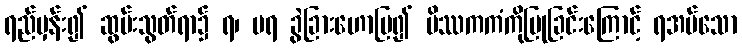
ရည်မှန်း၍ ဆွမ်းသွတ်ရာ၌ ရ၊ မရ ခွဲခြားဟောပြ၍ မိဿကကံကိုပြုခြင်းကြောင့် ရအပ်သော